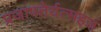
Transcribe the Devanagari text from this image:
प्रजापतेर्यत्सहजं